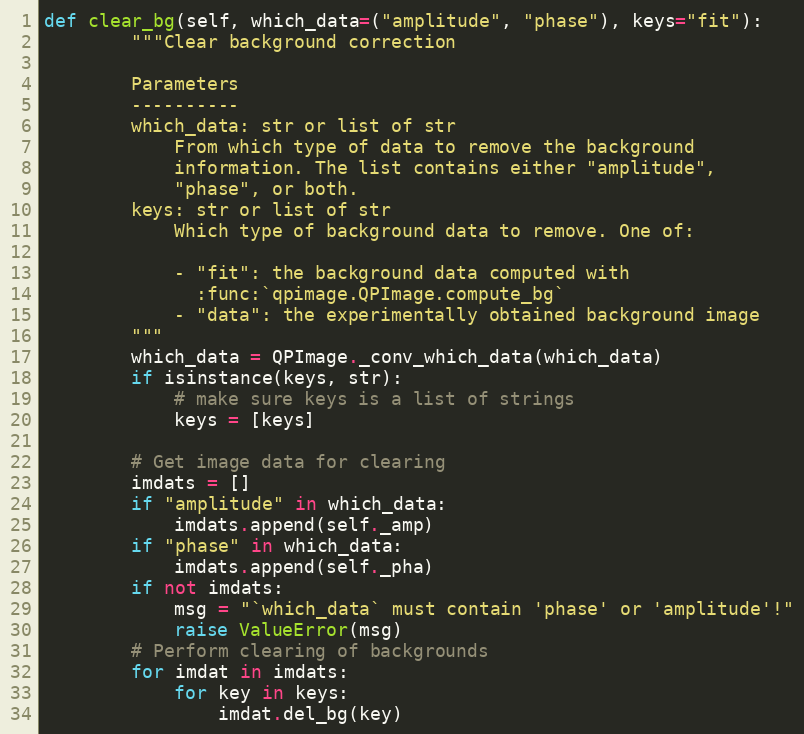
Language: Python
def clear_bg(self, which_data=("amplitude", "phase"), keys="fit"):
        """Clear background correction

        Parameters
        ----------
        which_data: str or list of str
            From which type of data to remove the background
            information. The list contains either "amplitude",
            "phase", or both.
        keys: str or list of str
            Which type of background data to remove. One of:

            - "fit": the background data computed with
              :func:`qpimage.QPImage.compute_bg`
            - "data": the experimentally obtained background image
        """
        which_data = QPImage._conv_which_data(which_data)
        if isinstance(keys, str):
            # make sure keys is a list of strings
            keys = [keys]

        # Get image data for clearing
        imdats = []
        if "amplitude" in which_data:
            imdats.append(self._amp)
        if "phase" in which_data:
            imdats.append(self._pha)
        if not imdats:
            msg = "`which_data` must contain 'phase' or 'amplitude'!"
            raise ValueError(msg)
        # Perform clearing of backgrounds
        for imdat in imdats:
            for key in keys:
                imdat.del_bg(key)